Leaving Certificate Examination, 1921
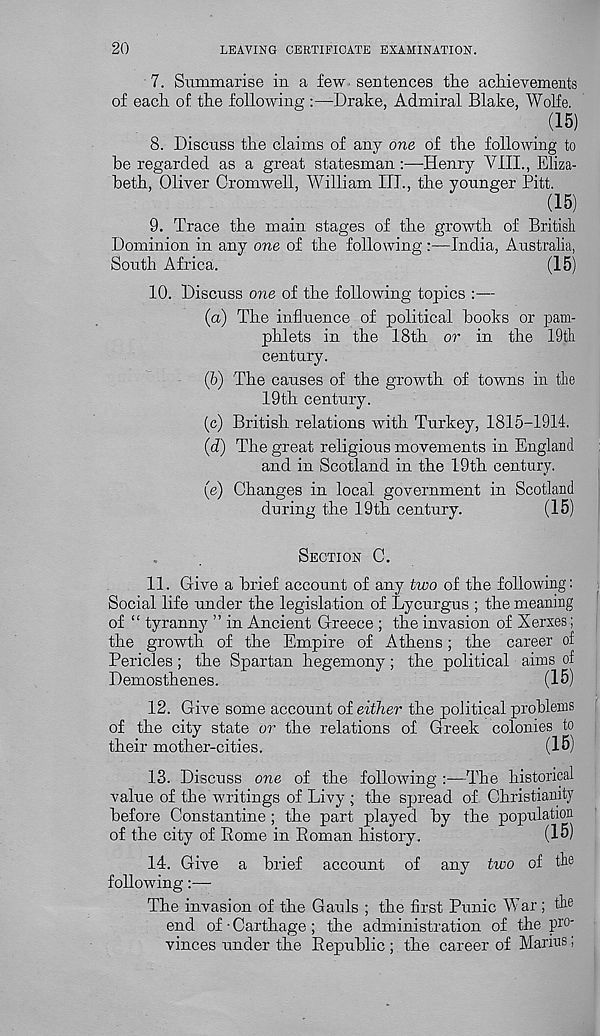
20
LEAVING CERTIFICATE EXAMINATION.
7. Summarise in a few sentences the achievements
of each of the following :—Drake, Admiral Blake, Wolfe.
_ (15)
8. Discuss the claims of any one of the following to
he regarded as a great statesman:—Henry VIII., Eliza-
beth, Oliver Cromwell, William HI., the younger Pitt.
(15)
9. Trace the main stages of the growth of Britisli
Dominion in any one of the following :—India, Australia,
South Africa.
(15)
10. Discuss one of the following topics :—
(a) The influence of political hooks or pam-
phlets in the 18th or in the 19th
century.
(b) The causes of the growth of towns in the
19th century.
(c) British relations with Turkey, 1815-1914.
(d) The great religious movements in England
and in Scotland in the 19th century.
(e) Changes in local government in Scotland
during the 19th century.
(15)
SECTION C.
11. Give a brief account of any two of the following:
Social life under the legislation of Lycurgus ; the meaning
of “ tyranny ” in Ancient Greece ; the invasion of Xerxes;
the growth of the Empire of Athens; the career of
Pericles; the Spartan hegemony; the political aims of
Demosthenes.
(15)
12. Give some account of either the political problems
of the city state or the relations of Greek colonies to
their mother-cities.
(15)
13. Discuss one of the following
The historical
value of the writings of Livy ; the spread of Christianity
before Constantine ; the part played by the population
of the city of Borne in Boman history.
(15)
14. Give a brief account of any two of the
following:—
The invasion of the Gauls ; the first Punic War; the
end of-Carthage; the administration of the pi' 0 '
vinces under the Bepuhlic ; the career of Marius;